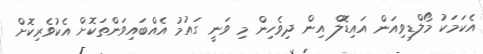
އެކަމަކު މޯލްޑިވިއަން އައިޑޮލް އިން ދިވެހިން މި ވަނީ ގައުމު އެއްބައިވަންތަކޮށް އެކުވެރިކޮށް